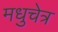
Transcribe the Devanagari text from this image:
मधुचेत्र